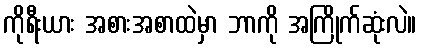
ကိုရီးယား အစားအစာထဲမှာ ဘာကို အကြိုက်ဆုံးလဲ။